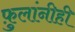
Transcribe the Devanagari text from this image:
फ़ुलांनीही